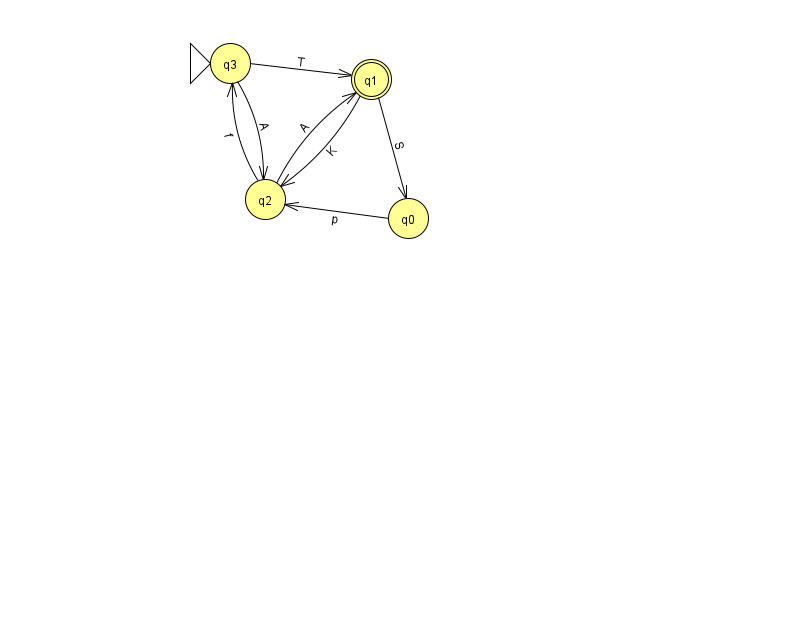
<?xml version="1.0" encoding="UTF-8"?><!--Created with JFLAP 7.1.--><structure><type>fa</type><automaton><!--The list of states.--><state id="0" name="q0"><x>408.0</x><y>205.0</y></state><state id="1" name="q1"><x>371.0</x><y>66.0</y><final/></state><state id="2" name="q2"><x>265.0</x><y>186.0</y></state><state id="3" name="q3"><x>230.0</x><y>50.0</y><initial/></state><!--The list of transitions.--><transition><from>1</from><to>0</to><read>S</read></transition><transition><from>0</from><to>2</to><read>p</read></transition><transition><from>2</from><to>1</to><read>A</read></transition><transition><from>3</from><to>1</to><read>T</read></transition><transition><from>3</from><to>2</to><read>A</read></transition><transition><from>1</from><to>2</to><read>K</read></transition><transition><from>2</from><to>3</to><read>f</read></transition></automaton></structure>